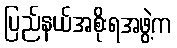
ပြည်နယ်အစိုးရအဖွဲ့က